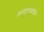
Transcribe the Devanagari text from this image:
आटोट्रांसफॉर्मर